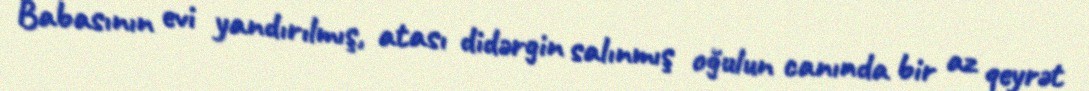
Babasının evi yandırılmış, atası didərgin salınmış oğulun canında bir az qeyrət